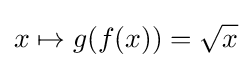
x\mapsto g(f(x))={\sqrt {x}}